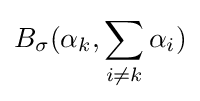
B_{\sigma }(\alpha _{k},\sum _{i\neq k}\alpha _{i})